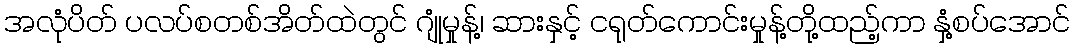
အလုံပိတ် ပလပ်စတစ်အိတ်ထဲတွင် ဂျုံမှုန့်၊ ဆားနှင့် ငရုတ်ကောင်းမှုန့်တို့ထည့်ကာ နှံ့စပ်အောင်